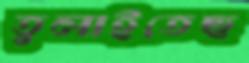
তুলাইতেছ